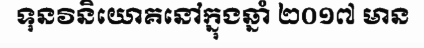
ទុនវិនិយោគនៅក្នុងឆ្នាំ ២០១៧ មាន